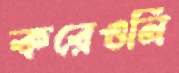
করেওনি